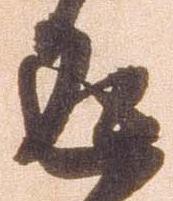
返